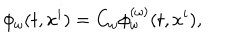
LaTeX: \phi _ { \omega } ( t , x ^ { i } ) = C _ { \omega } \phi _ { \omega } ^ { ( \omega ) } ( t , x ^ { i } ) ,